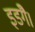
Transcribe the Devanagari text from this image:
इडंगै।